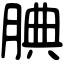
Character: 腆